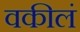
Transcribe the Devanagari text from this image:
वकीलं